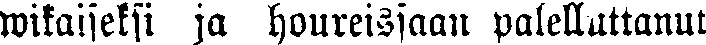
wikaiseksi ja houreissaan palelluttanut